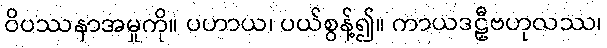
ဝိပဿနာအမှုကို။ ပဟာယ၊ ပယ်စွန့်၍။ ကာယဒဠှီဗဟုလဿ၊